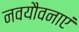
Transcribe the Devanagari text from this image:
नवयौवनाएं